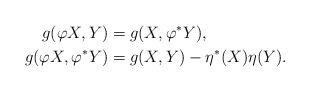
LaTeX: \begin{align*} g(\varphi X,Y)&=g(X,\varphi^{\ast}Y), \\ g(\varphi X,\varphi^{\ast} Y)&=g(X,Y)-\eta^{\ast}(X)\eta(Y).\end{align*}